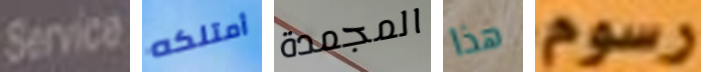
Service أمتلكه المجمدة هذا رسوم